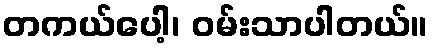
တကယ်ပေါ့၊ ဝမ်းသာပါတယ်။